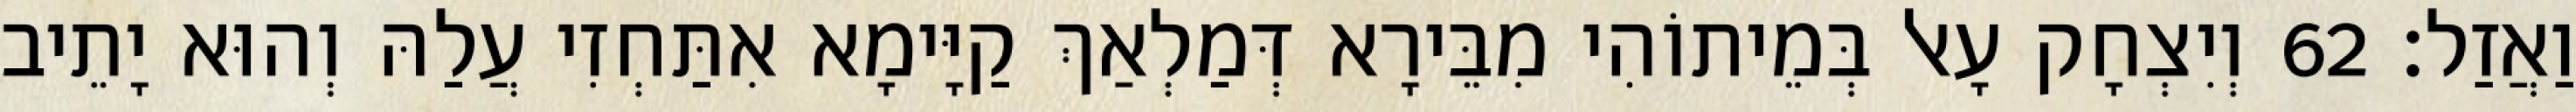
וַאֲזַל׃ 62 וְיִצְחָק עָאל בְּמֵיתוֹהִי מִבֵּירָא דְּמַלְאַךְ קַיָּימָא אִתַּחְזִי עֲלַהּ וְהוּא יָתֵיב